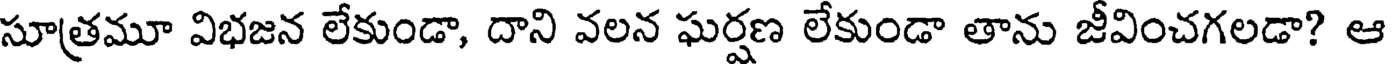
సూత్రమూ విభజన లేకుండా, దాని వలన ఘర్షణ లేకుండా తాను జీవించగలడా? ఆ